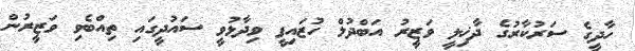
ހާދީގެ ސަރުކާރުގެ ދާޚިލީ ވަޒީރު އަބްދުލް ހުޒައިފީ ވިދާޅުވީ ސައުދީގައި ތިއްބެވި ވަޒީރުން